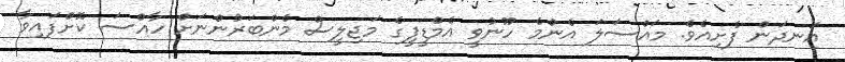
އަނދަން ފެށިއެވެ. މައްސަލަ އެންމެ ހޫނުވީ އެމްޑީޕީގެ މަޖިލީސް މެންބަރުންނަށް ހާއްސަ ކޮށްފައިވާ